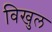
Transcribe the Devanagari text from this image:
विखुल